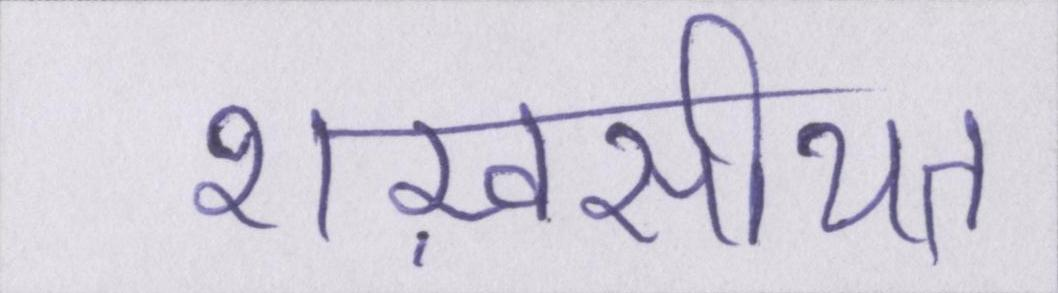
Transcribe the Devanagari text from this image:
शख़सीयत